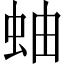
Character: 蚰